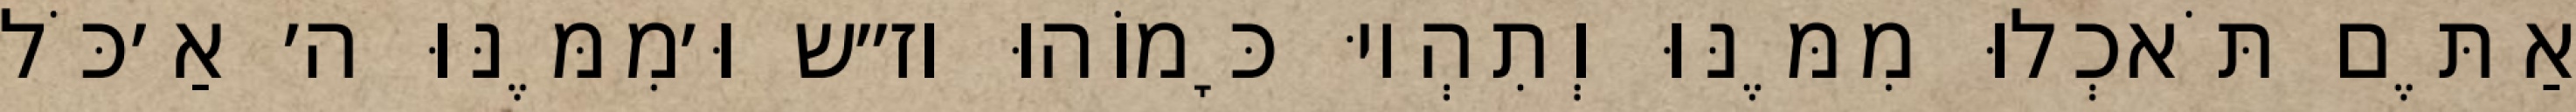
אַתֶּם תֹּאכְלוּ מִמֶּנּוּ וְתִהְיוּ כָּמוֹהוּ וז״ש וּ׳מִמֶּנּוּ ה׳ אַ׳כֹּל